Annual report of lunatic asylums [Bombay] - 1912-1922
Year: 1912
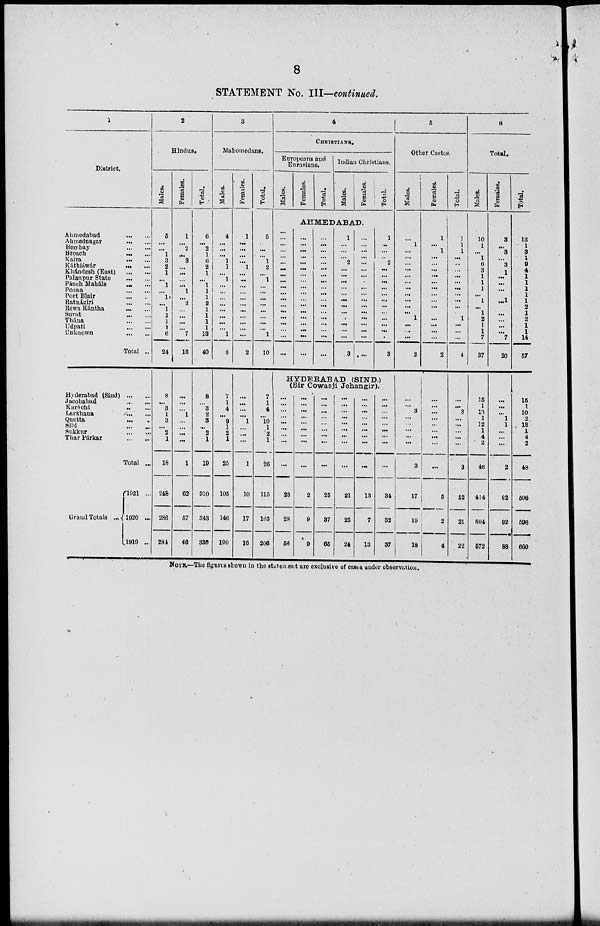
8
STATEMENT No. III—continued.
1
District.
Ahmedabad
...
...
Ahmednagar
...
...
Bombay
...
...
Broach
...
...
Kaira
...
...
Káthiáwár ... ...
Khándesh (East)
...
...
Palanpur State
...
...
Pánch Maháls ... ...
Poona
...
...
Port Blair ... ...
Ratnágiri
...
...
Rewa Kántha ... ...
Surat ... ...
Thána
...
...
Udpati
...
...
Unknown ... ...
Total ..
Hyderabad (Sind) ... ...
Jacobabad
...
...
Karáchi
...
...
Larkhana
...
...
Quetta
...
...
Sihi
...
...
Sukkur
...
...
Thar Párkar
...
...
Total ...
Grand Totals ...
1921 ...
1920 ...
1919 ...
2
Hindus.
Males.
5
...
...
1
3
2
1
...
1
...
1
...
1
1
1
1
6
24
8
...
3
1
3
...
2
1
18
248
280
281
Females.
1
...
2
...
3
...
...
...
...
1
...
2
...
...
...
...
7
16
...
...
...
1
...
...
...
...
1
62
67
46
Total.
6
...
2
1
6
2
1
...
1
1
1
2
1
1
1
1
13
40
8
...
3
2
3
...
2
1
19
310
343
330
3
Mahomedans.
Males.
4
...
...
...
1
1
...
1
...
...
...
...
...
...
...
...
1
8
7
1
4
...
9
1
2
1
25
105
146
190
Females.
1
...
...
...
...
1
...
...
...
...
...
...
...
...
...
...
...
2
...
...
...
...
1
...
...
...
1
10
17
10
Total.
5
...
...
...
1
2
...
1
...
...
...
...
...
...
...
...
1
10
7
1
4
...
10
1
2
1
26
115
163
206
4
CHRISTIANS.
Europeans and
Eurasians.
Males.
Females.
Total.
Indian Christians.
Males.
Females.
Total.
AHMEDABAD.
...
...
...
...
...
...
...
...
...
...
...
...
...
...
...
...
...
...
...
...
...
...
...
...
...
...
...
...
...
...
...
...
...
...
...
...
...
...
...
...
...
...
...
...
...
...
...
...
...
...
...
...
...
...
1
...
...
...
2
...
...
...
...
...
...
...
...
...
...
...
...
3
...
...
...
...
...
...
...
...
...
...
...
...
...
...
...
...
...
...
1
...
...
...
2
...
...
...
...
...
..
...
...
...
...
...
...
3
HYDERABAD (SIND.)
(Sir Cowasji Jehangir).
...
...
...
...
...
...
...
...
...
23
28
56
...
...
...
...
...
...
...
...
...
2
9
9
...
...
...
...
...
...
...
...
...
25
37
65
...
...
...
...
...
...
...
...
...
21
25
24
...
...
...
...
...
...
...
...
...
13
7
13
...
...
...
...
...
...
...
...
...
34
32
37
5
Other Castes.
Males.
...
1
...
...
...
...
...
...
...
...
...
...
...
1
...
....
...
2
...
...
3
...
...
...
...
...
3
17
19
18
Females.
1
...
1
...
...
...
...
...
...
...
...
...
...
...
...
...
...
2
...
...
...
...
...
...
...
...
...
5
2
4
Total.
1
1
1
...
..
...
...
...
...
...
...
...
...
1
...
...
...
4
...
...
3
...
...
...
...
...
3
22
21
22
6
Total.
Males.
10
1
...
1
6
3
1
1
1
...
1
...
1
2
1
1
7
37
15
1
10
1
12
1
4
2
46
414
504
572
Females.
3
...
3
...
3
1
...
....
...
...
...
2
...
...
...
...
7
20
...
...
...
1
1
...
...
...
2
92
92
88
Total.
13
1
3
1
9
4
1
1
1
1
1
2
1
2
1
1
14
67
15
1
10
2
13
1
4
2
48
506
596
660
NOTE.—The figures shown in the statement are exclusive of cases under observation.